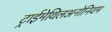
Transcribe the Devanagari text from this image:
ट्राईमेथिलअनोनियम